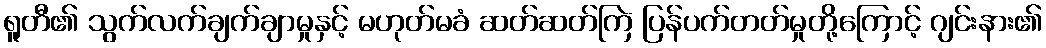
ရူတီ၏ သွက်လက်ချက်ချာမှုနှင့် မဟုတ်မခံ ဆတ်ဆတ်ကြဲ ပြန်ပက်တတ်မှုတို့ကြောင့် ဂျင်းနား၏